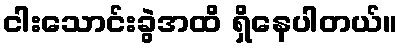
ငါးသောင်းခွဲအထိ ရှိနေပါတယ်။